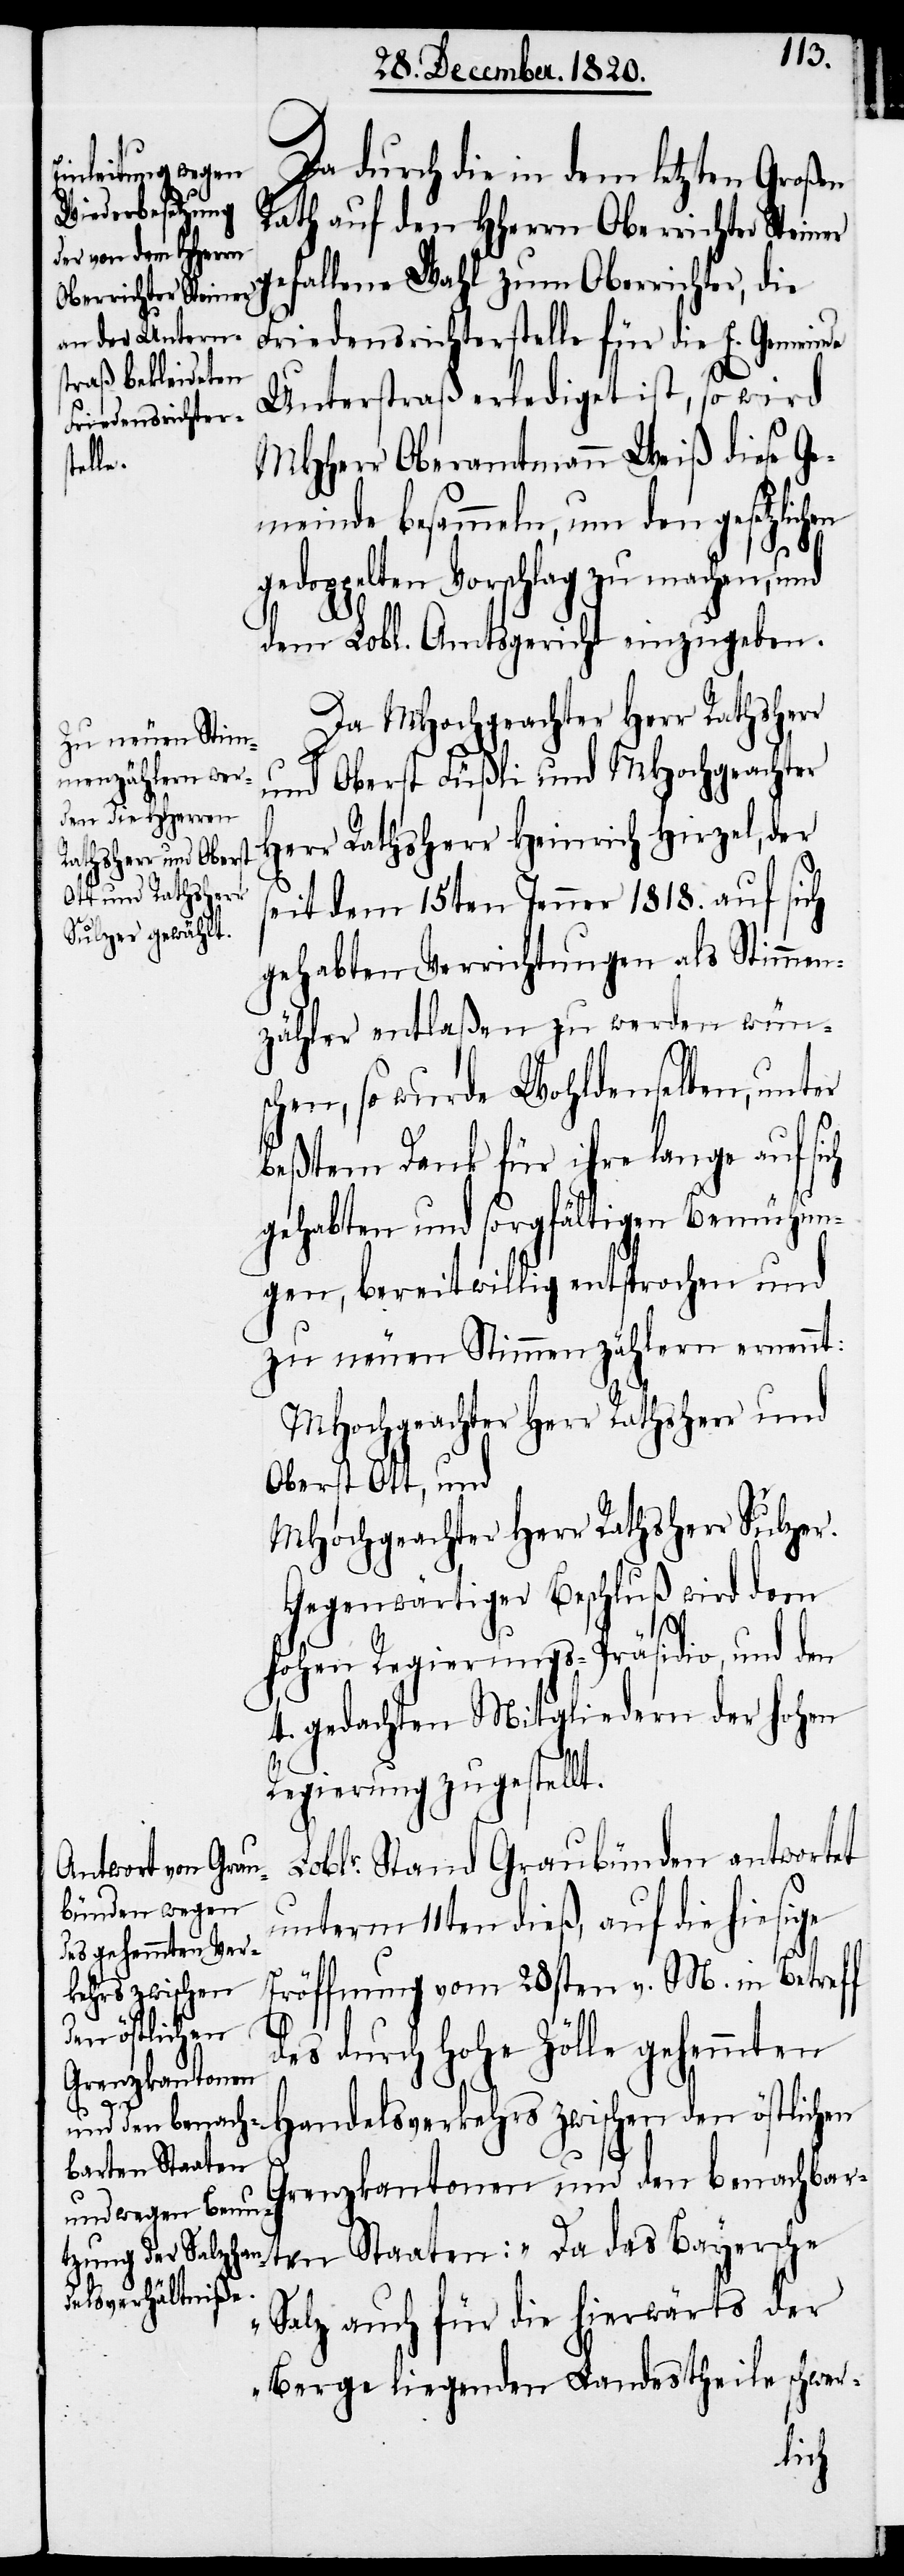
Da durch die in dem letzten Großen
Rath auf den HHerrn Oberrichter Steiner
gefallene Wahl zum Oberrichter, die
Friedensrichterstelle für die E. Gemeinde
Unterstraß erlediget ist, so wird
MHHerr Oberamtmann Weiß diese Ge¬
dels¬
meinde besammeln, um den gesetzlich¬
gedoppelten Vorschlag zu machen, und
dem Lobl. Amtsgericht einzugeben.
Da MHochgeachter Herr Rathsherr
und Oberst Füßli und MHochgeachter
Herr Rathsherr Heinrich Hirzel, der
seit dem 15ten Jenner 1818. auf sich
gehabten Verrichtungen als Stimmen¬
zähler entlaßen zu werden wün¬
schen, so wurde Wohldenselben, unter
beßtem Dank für ihre lange auf sich
gehabten und sorgfältigen Bemühun¬
gen, bereitwillig entsprochen und
zu neuen Stimmenzählern ernennt:
MHochgeachter Herr Rathsherr und
Oberst Ott, und
MHochgeachter Herr Rathsherr Sulzer.
Gegenwärtiger Beschluß wird dem
hohen Regierungs-Präsidio und den
4. gedachten Mitgliedern der hohen
Regierung zu gestellt.
oblr. Stand Graubünden antwortet
unterm 11ten dieß, auf die hiesige
Eröffnung vom 28sten v. M. in Betreff
kehrs zwischen
den östlichen
des durch hohe Zölle gehemmten
Grenzkantonen
ver¬
und den benachbarten Staaten. „Da das Bayersche
Salz auch für die hierwärts der
Berge liegenden Landestheile schwer-